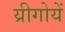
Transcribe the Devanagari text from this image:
य्रीगोयें